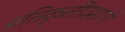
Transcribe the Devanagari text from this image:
प्रतिकृतींप्रमाणे